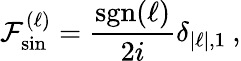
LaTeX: \mathop{\mathcal{F}_{\mathrm{sin}}^{(\ell)}}=\frac{\mathrm{sgn}(\ell)}{2i}\delta_{|\ell|,1}\: ,